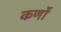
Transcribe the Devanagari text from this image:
कर्णो